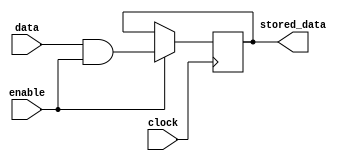
module data_enable_latch (
    input data,
    input enable,
    input clock,
    output reg stored_data
);

//D flip-flop
reg d_ff;

//AND gate
assign d_ff = data & enable;

always @(posedge clock) begin
    if (enable) begin
        stored_data <= d_ff;
    end
end

endmodule